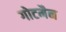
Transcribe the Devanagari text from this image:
गोटमैन